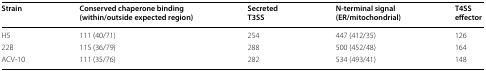
<table><thead><tr><td><b>Strain</b></td><td><b>Conserved chaperone binding (within/outside expected region)</b></td><td><b>Secreted T3SS</b></td><td><b>N-terminal signal (ER/mitochondrial)</b></td><td><b>T4SS effector</b></td></tr></thead><tbody><tr><td>H5</td><td>111 (40/71)</td><td>254</td><td>447 (412/35)</td><td>126</td></tr><tr><td>22B</td><td>115 (36/79)</td><td>288</td><td>500 (452/48)</td><td>164</td></tr><tr><td>ACV-10</td><td>111 (35/76)</td><td>282</td><td>534 (493/41)</td><td>148</td></tr></tbody></table>